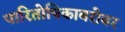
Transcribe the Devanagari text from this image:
पारितोषिकाबरोबर